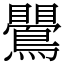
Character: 鷪